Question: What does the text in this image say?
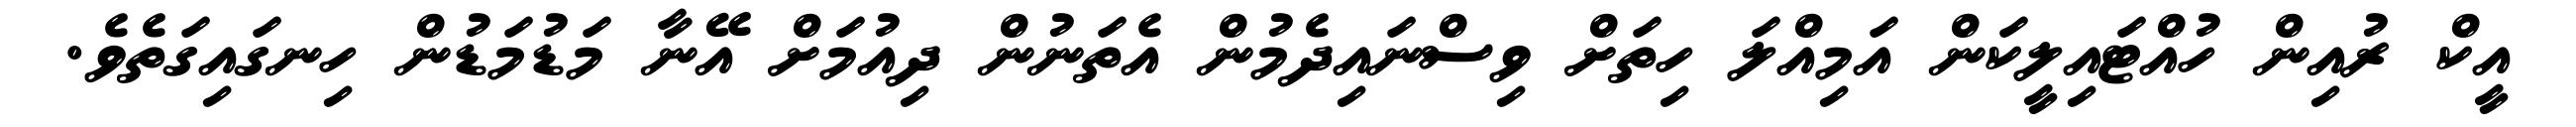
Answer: އީކް ރުއިން ހުއްޓައިލީކަން އަމިއްލަ ހިތަށް ވިސްނައިދެމުން އެތަނުން ދިއުމަށް އޭނާ މަޑުމަޑުން ހިނގައިގަތެވެ.